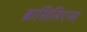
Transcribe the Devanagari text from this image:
ब्रासिलिएन्स